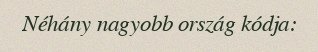
Néhány nagyobb ország kódja: